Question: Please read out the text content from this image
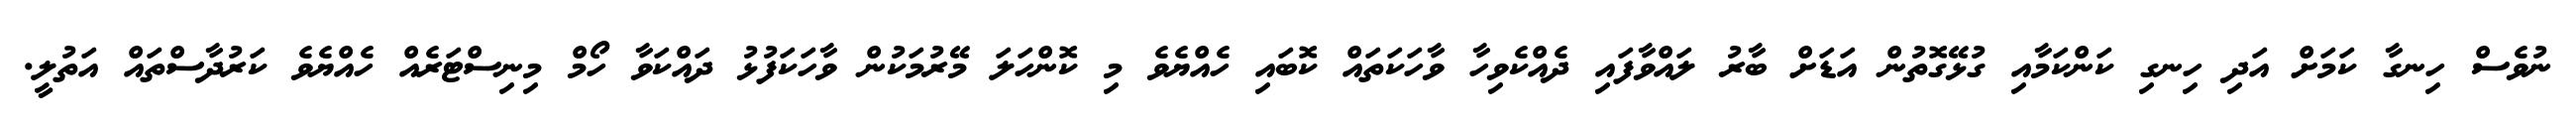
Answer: ނުވެސް ހިނގާ ކަމަށް އަދި ހިނގި ކަންކަމާއި ގުޅޭގޮތުން އަޑަށް ބާރު ލައްވާފައި ދެއްކެވިހާ ވާހަކަތައް ކޮބައި ހެއްޔެވެ މި ކޮންހަލަ މޭރުމަކުން ވާހަކަފުޅު ދައްކަވާ ހޯމް މިނިސްޓަރެއް ހެއްޔެވެ ކަރުދާސްތައް އަތުލީ.